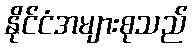
နိုင်ငံအများစုသည်